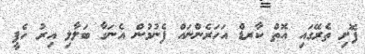
ފޮށި ތެރޭގައި އޮތް ކާރޑް އަހަރެންނައް ފެނުމުން އެނަގާ ބަލާލި އިރު ހެޕީ